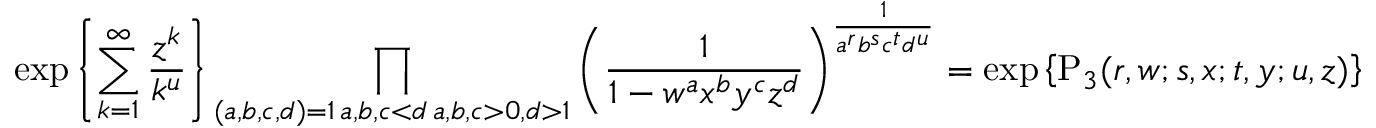
\exp \left\{ \sum _ { k = 1 } ^ { \infty } \frac { { z } ^ { k } } { k ^ { u } } \right\} \prod _ { \substack { ( a , b , c , d ) = 1 \, a , b , c < d \, a , b , c > 0 , d > 1 } } \left( \frac { 1 } { 1 - { w } ^ { a } { x } ^ { b } { y } ^ { c } { z } ^ { d } } \right) ^ { \frac { 1 } { { a } ^ { r } { b } ^ { s } { c } ^ { t } { d } ^ { u } } } = \exp \left\{ \mathrm { P } _ { 3 } ( r , w ; s , x ; t , y ; u , z ) \right\}